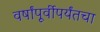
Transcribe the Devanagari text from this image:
वर्षांपूर्वीपर्यंतचा